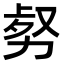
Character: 𠡹